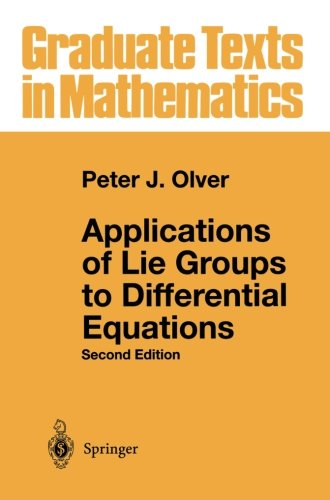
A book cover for Applications of Lie Groups to Differential Equations (Graduate Texts in Mathematics); Peter J. Olver; Science & Math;